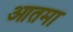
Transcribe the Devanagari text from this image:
आतमा